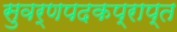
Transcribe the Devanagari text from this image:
सुवर्णपदकप्राप्त